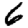
Digit: 6